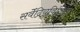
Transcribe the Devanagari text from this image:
सर्वेंद्रियविजिंत